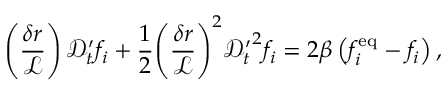
\left( \frac { \delta r } { \mathcal { L } } \right) \mathcal { D } _ { t } ^ { \prime } f _ { i } + \frac { 1 } { 2 } { \left( \frac { \delta r } { \mathcal { L } } \right) } ^ { 2 } { \mathcal { D } _ { t } ^ { \prime } } ^ { 2 } f _ { i } = 2 \beta \left( f _ { i } ^ { \mathrm { e q } } - f _ { i } \right) ,